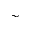
\sim